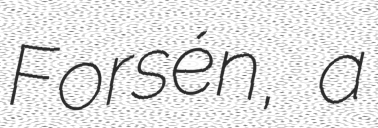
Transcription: Forsén, a